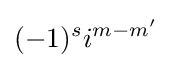
(-1)^{s}i^{m-m'}